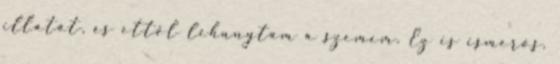
illatát, és ettől lehunytam a szemem. Ez is ismerős.